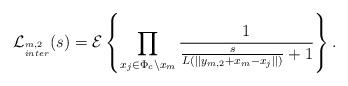
LaTeX: \begin{align*} \mathcal{L}_{^{m,2}_{inter}}(s) &= \mathcal{E} \left\{ \prod_{x_j\in \Phi_c\backslash x_m} \frac{1}{ \frac{s}{ {L\left(||y_{m,2}+x_m-x_j||\right)}}+1}\right\}.\end{align*}